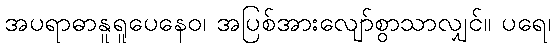
အပရာဓာနူရူပေနေဝ၊ အပြစ်အားလျော်စွာသာလျှင်။ ပရေ၊